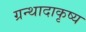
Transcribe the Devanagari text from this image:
ग्रन्थादाकृष्य